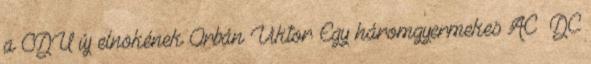
a CDU új elnökének Orbán Viktor Egy háromgyermekes AC DC